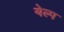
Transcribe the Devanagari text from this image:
येल्प